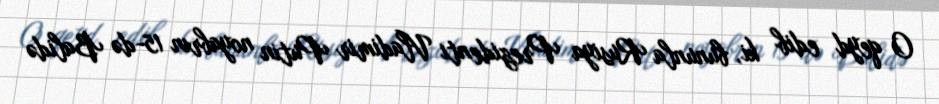
O qeyd edib ki, bununla Rusiya Prezidenti Vladimir Putin noyabrın 15-də Balidə